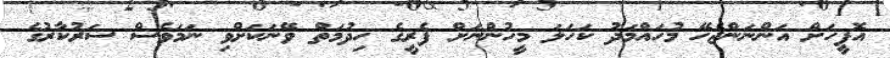
އޮފީހަށް އަންނަންޖެހޭ މުހައްމަދު ކަހަލަ މީހުންނަށް ފެރީގެ ހިދުމަތް ވޭނަކަށްވި ނަމަވެސް ސަރުކާރުގެ